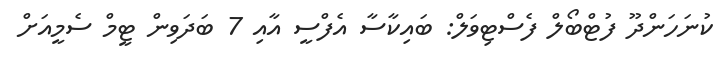
ކުނަހަންދޫ ފުޓްބޯލް ފެސްޓިވަލް: ބައިކާސާ އެފްސީ އާއި 7 ބަދަވިން ޓީމް ސެމީއަށް